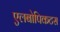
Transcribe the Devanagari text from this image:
एलबोपिकटस